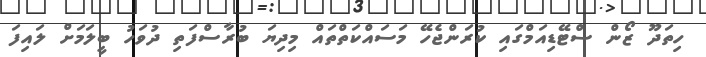
ހިތަދޫ ޒޯން ސްޓޭޑިއަމްގައި ކުރަންޖެހޭ މަސައްކަތްތައް މިދިޔަ ބުރާސްފަތި ދުވަހު ބީލަމަށް ލައިފަ